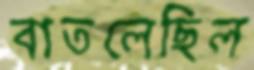
বাতলেছিল